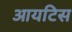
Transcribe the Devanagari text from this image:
आयटिस